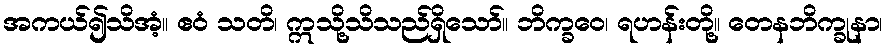
အကယ်၍သိအံ့။ ဧဝံ သတိ၊ ဣသို့သိသည်ရှိသော်။ ဘိက္ခဝေ၊ ရဟန်းတို့။ တေနဘိက္ခုနာ၊